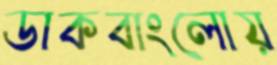
ডাকবাংলোয়